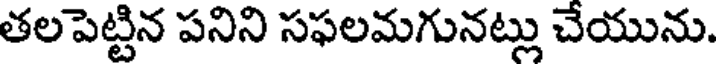
తలపెట్టిన పనిని సఫలమగునట్లు చేయును.